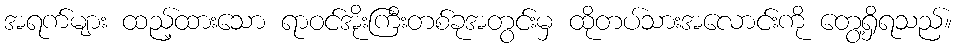
အရက်များ ထည့်ထားသော ရာဝင်အိုးကြီးတစ်ခုအတွင်းမှ ထိုတပ်သားအလောင်းကို တွေ့ရှိရသည်။